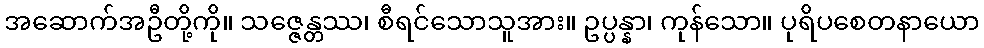
အဆောက်အဦတို့ကို။ သဇ္ဇေန္တဿ၊ စီရင်သောသူအား။ ဥပ္ပန္နာ၊ ကုန်သော။ ပုရိပစေတနာယော